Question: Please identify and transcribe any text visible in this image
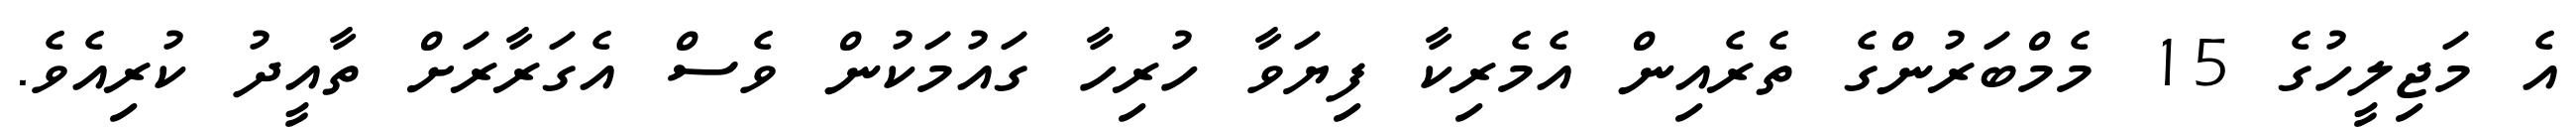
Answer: އެ މަޖިލީހުގެ 15 މެމްބަރުންގެ ތެރެއިން އެމެރިކާ ފިޔަވާ ހުރިހާ ގައުމަކުން ވެސް އެގަރާރަށް ތާއީދު ކުރިއެވެ.